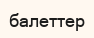
балеттер